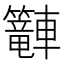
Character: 𲄿